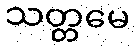
သတ္တမေ